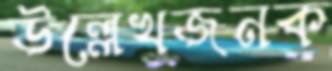
উল্লেখজনক